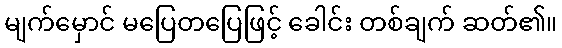
မျက်မှောင် မပြေတပြေဖြင့် ခေါင်း တစ်ချက် ဆတ်၏။